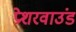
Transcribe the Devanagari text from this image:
प्रेशरवाउंड